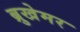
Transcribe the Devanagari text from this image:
ब्रुखेमर